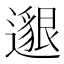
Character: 𨗿